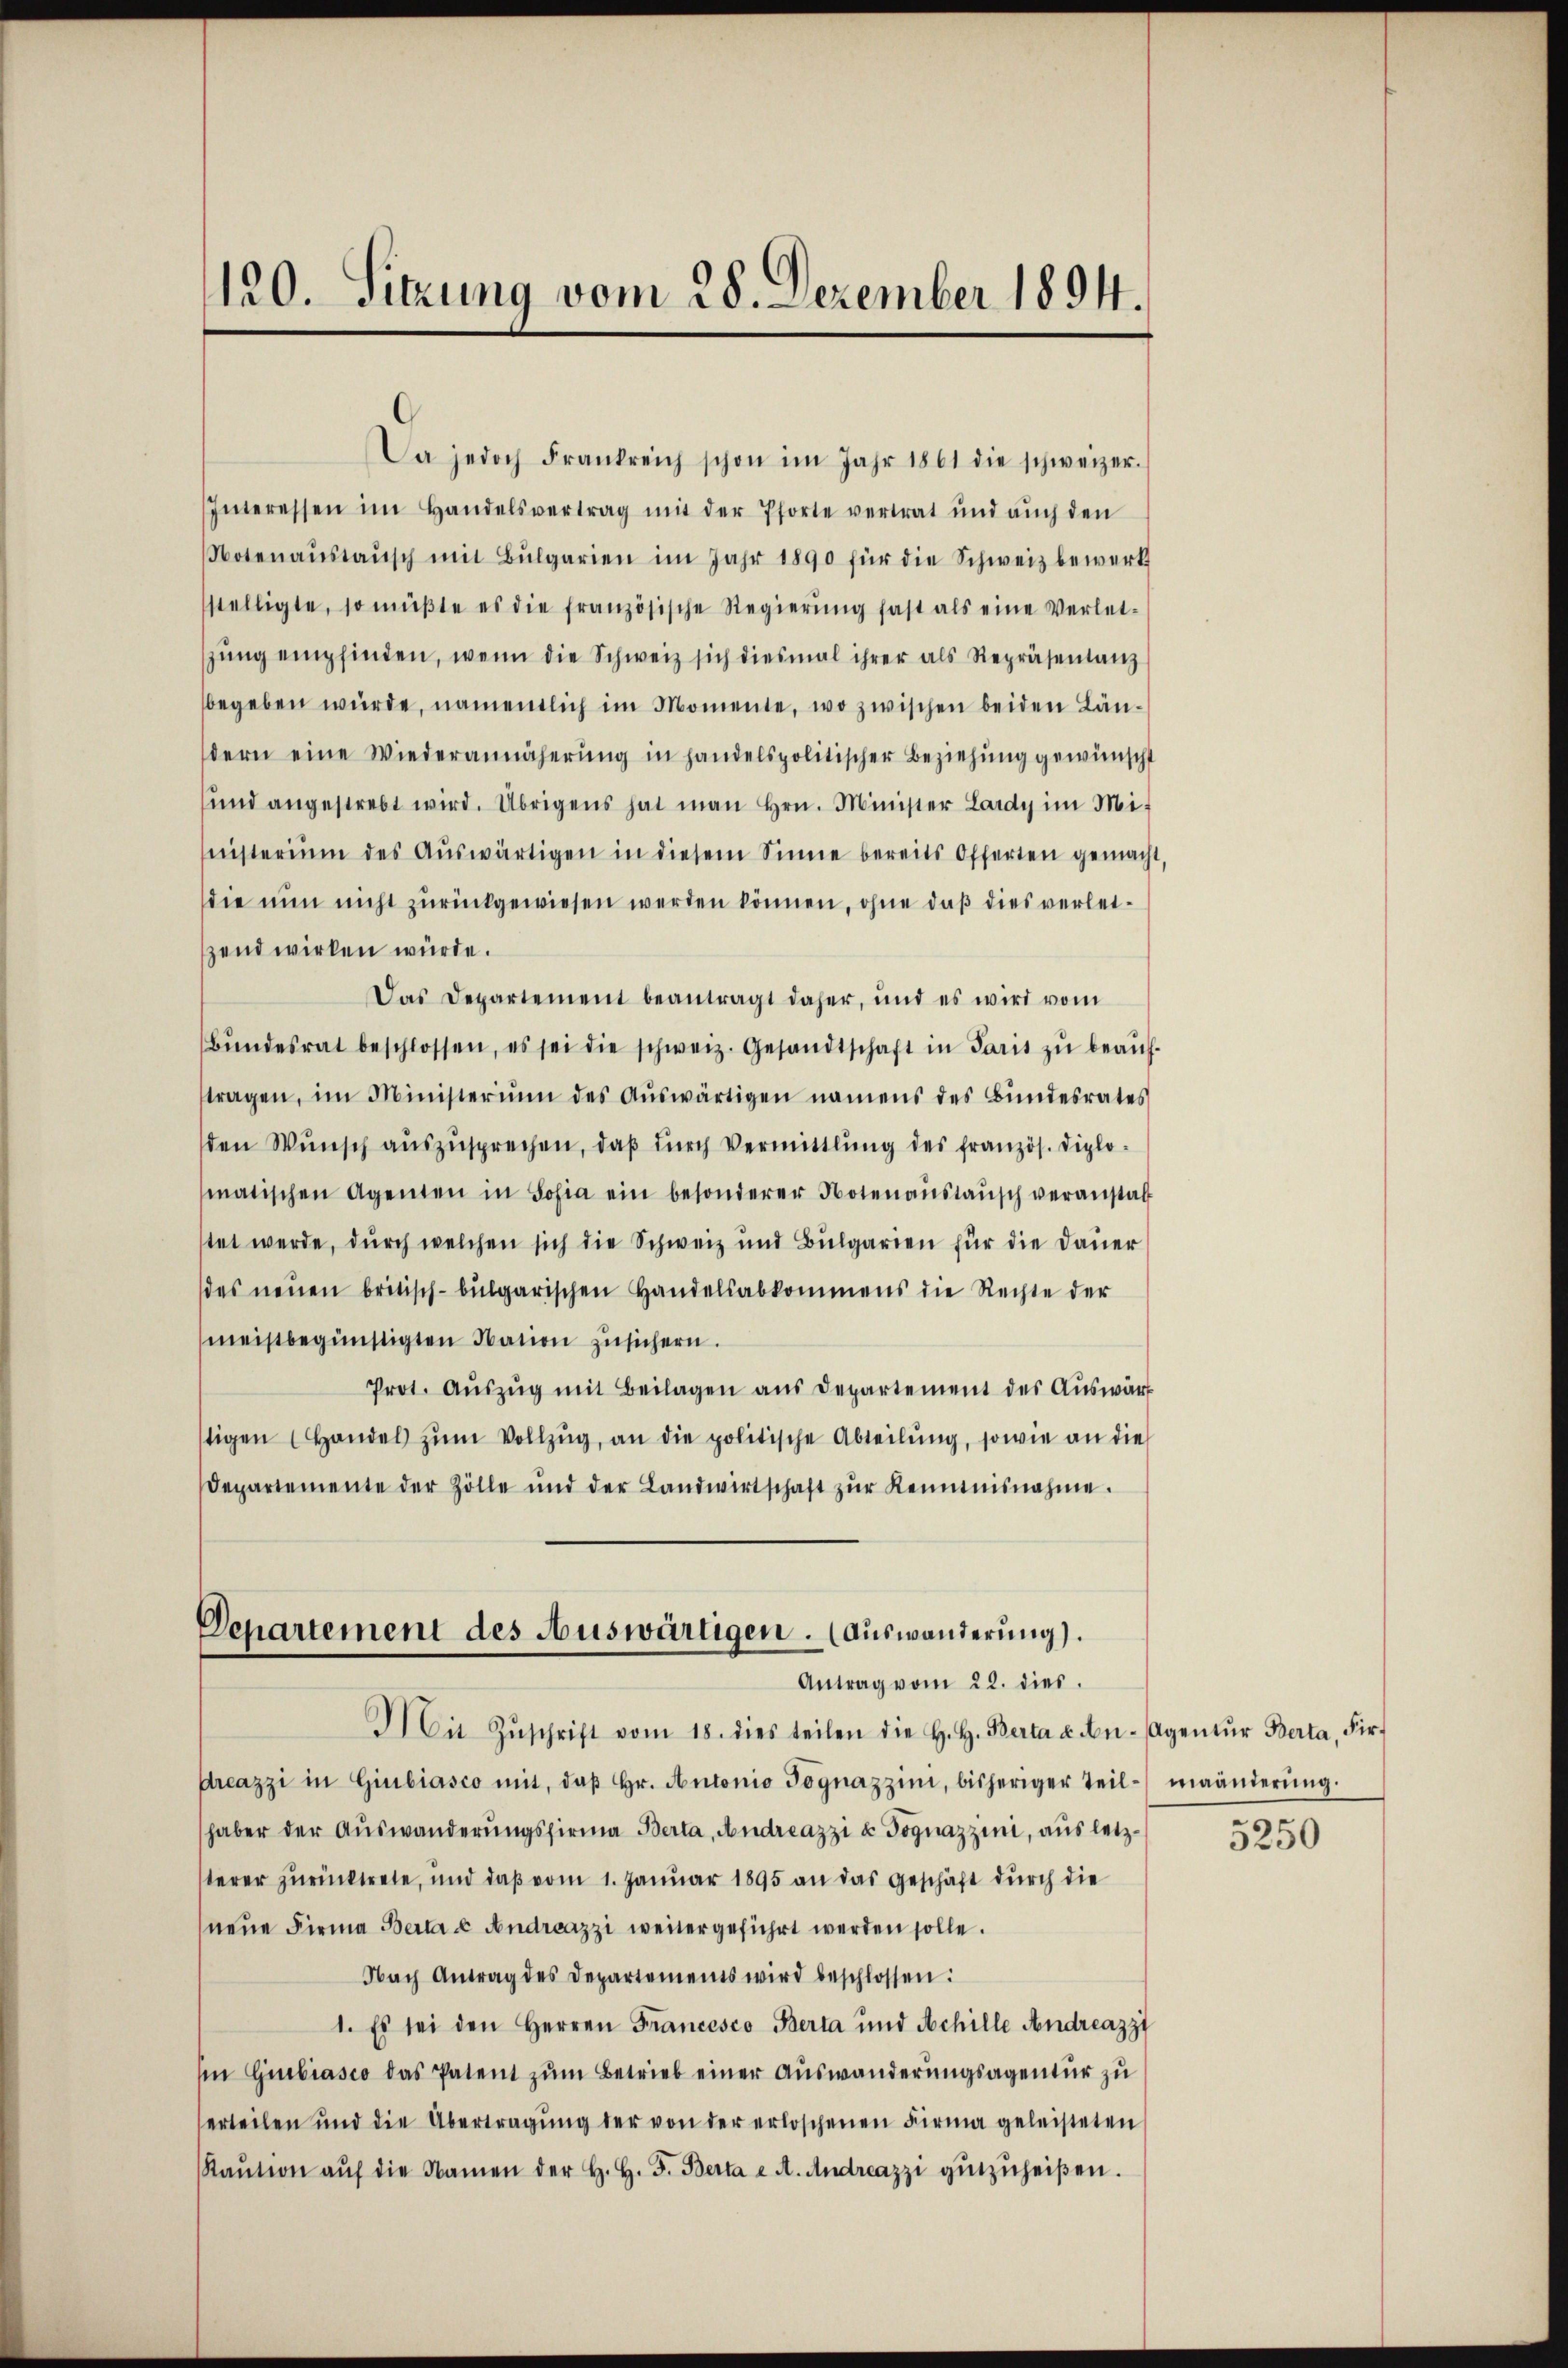
120. Sitzung vom 28. Dezember 1894.

Da jedoch Frankreich schon im Jahr 1861 die schweizer-
Interessen im Handelsvertrag mit der Pforte vertrat und aŭch den
Notenaŭstaŭsch mit Bŭlgarien im Jahr 1890 für die Schweiz bewerk
stelligte, so müßte es die französische Regierŭng fast als eine Verlet-
sŭng empfinden, wenn die Schweiz sich diesmal ihrer als Repräsentanz
begeben würde, namentlich im Momente, wo zwischen beiden Ländern eine Wiederannäherŭng in handelspolitischer Beziehŭng gewünscht
und angestrebt wird. Übrigens hat man hrn. Minister Lardy im Ministerium des Aŭswärtigen in diesem Sinne bereits Offerten gemacht,
die nun nicht zurückgewiesen werden können, ohne daß dies verleizend wirken würde.
Das Departement beantragt daher, und es wird vom
Bŭndesrat beschlossen, es sei die schweiz. Gesandtschaft in Paris zŭ beaŭf-
tragen, im Ministerium des Aŭswärtigen namens des Bundesrates
den Wunsch auszusprechen, daß durch Vermittlung des französ. Diplomatischen Agenten in Sofia ein besonderer Notenanstaŭsch veranstatt
tet werde, durch welchen sich die Schweiz und Bulgarien für die Dauer
des neŭen britisch-bulgarischen Handelsabkommens die Rechte der
meistbegünstigten Nation zusichern.
Prot. Aŭszŭg mit Beilagen aus Departement des Aŭswärt
tigen (Handel zŭm Vollzŭg, an die politische Abteilŭng, sowie an die
Departemente der Zölle und der Landwirtschaft zŭr Kenntnisnahme.
Departement des Auswärtigen. (Auswanderung).
Antrag vom 22. dies
Mit Zŭschrift vom 18. dies teilen die H. H. Berta u. An-Agentŭr Berta, Fir-
dreazzi in Giubiasco mit, daβ hr. Antonio Tognazzini, bisheriger Teil-maänderŭng.
haber der Auswanderŭngsfirma Berta, Andreazzi u Pognazzini, aus letzterer zurücktrete, und daß vom 1. Januar 1895 an das Geschäft durch die
neue Firma Berta u Andreazzi weitergeführt werden solle.
Nach Antrag des Departements wird beschlossen:
1. Es sei den Herren Francesco Berta und Achille Andreazzi
Ein Gubiasco das Patent zum Betrieb einer Auswanderungsagentur zu
erteilen und die Übertragŭng der von der erloschenen Firma geleisteten
Kaŭtion aŭf die Namen der H. H. F. Berta e A. Andreazzi gŭtzŭheiβen.

5250